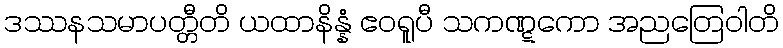
ဒဿနသမာပတ္တီတိ ယထာနိန္နံ ဧဝရူပီ သကဏ္ဋကော အညတြေဝါတိ